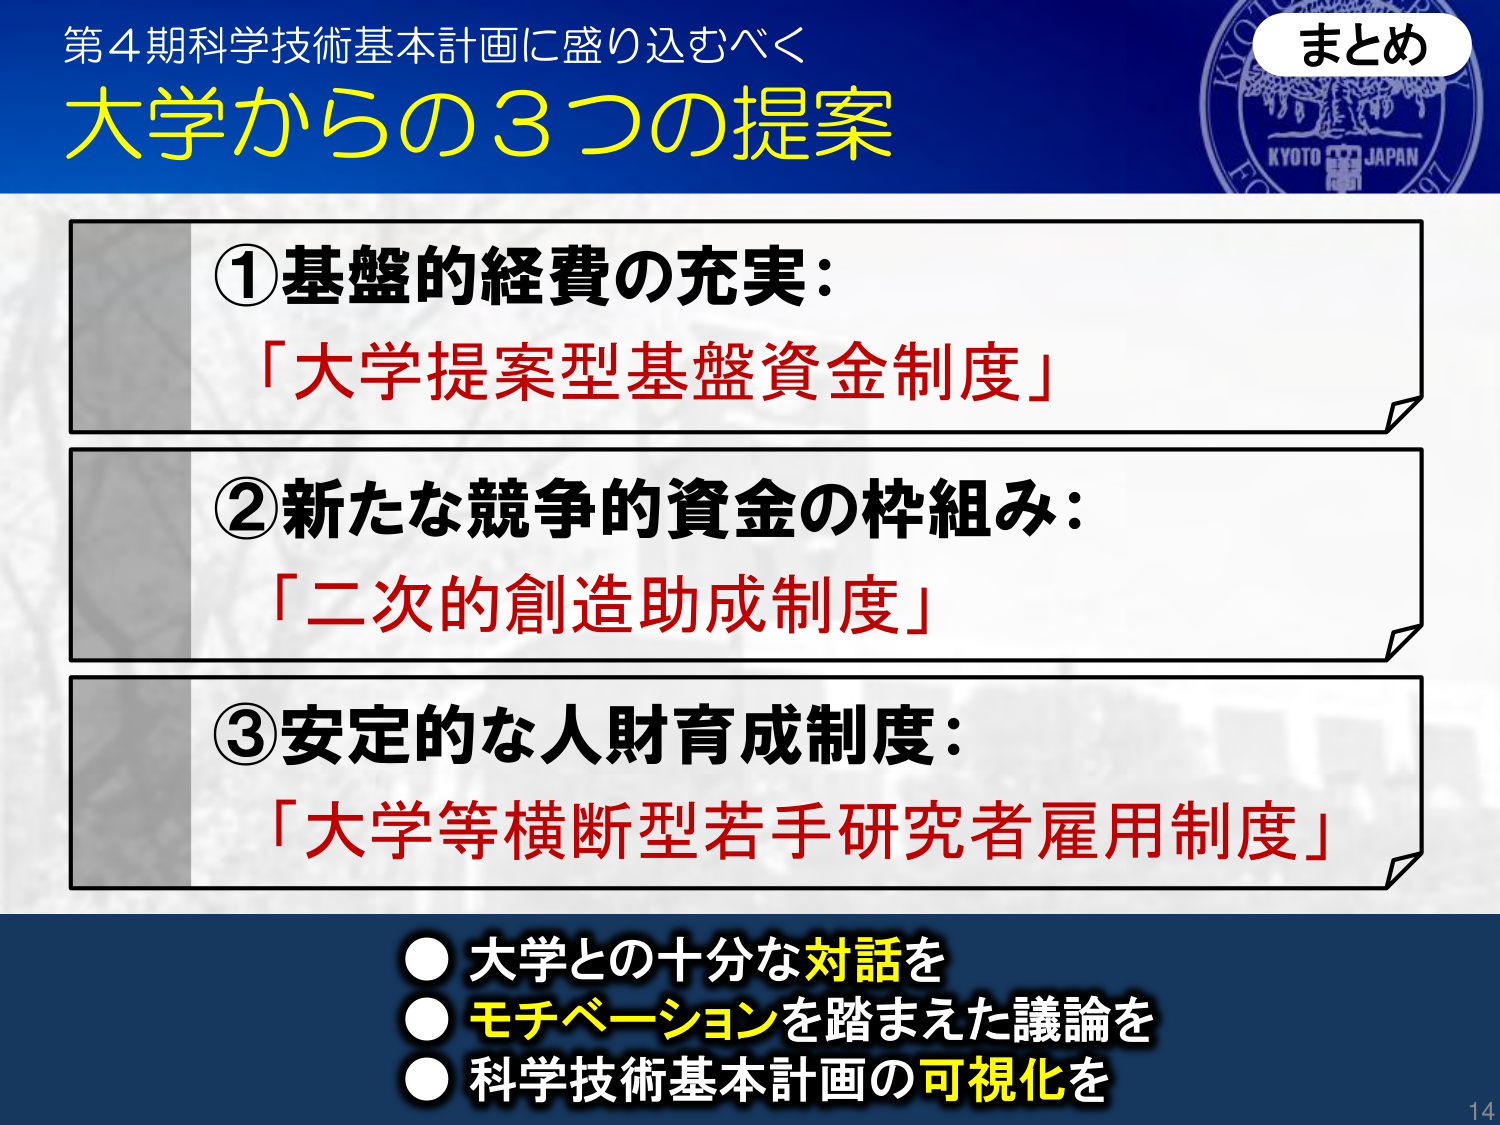
第4期科学技術基本計画に盛り込むべく
大学からの3つの提案

まとめ

①基盤的経費の充実：
「大学提案型基盤資金制度」

②新たな競争的資金の枠組み：
「二次的創造助成制度」

③安定的な人財育成制度：
「大学等横断型若手研究者雇用制度」

● 大学との十分な対話を
● モチベーションを踏まえた議論を
● 科学技術基本計画の可視化を

14